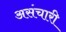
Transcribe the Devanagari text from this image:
असंचारी